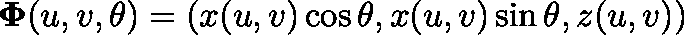
\mathbf { \Phi } ( u , v , \theta ) = ( x ( u , v ) \cos \theta , x ( u , v ) \sin \theta , z ( u , v ) )